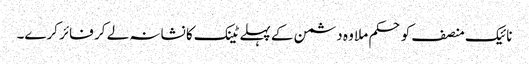
نائیک منصف کو حکم ملا وہ دشمن کے پہلے ٹینک کا نشانہ لے کر فائر کرے۔